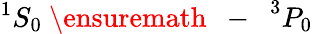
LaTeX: ^{1}{S}_{0}\mathrm{~\ensuremath~{~-~}~}^{3}{P}_{0}